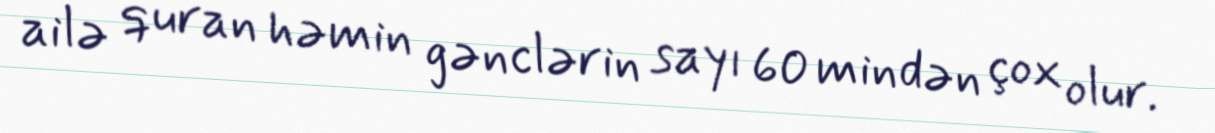
ailə quran həmin gənclərin sayı 60 mindən çox olur.